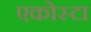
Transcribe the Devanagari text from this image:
एकोस्टा